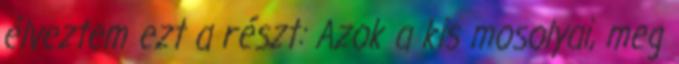
élveztem ezt a részt: Azok a kis mosolyai, meg